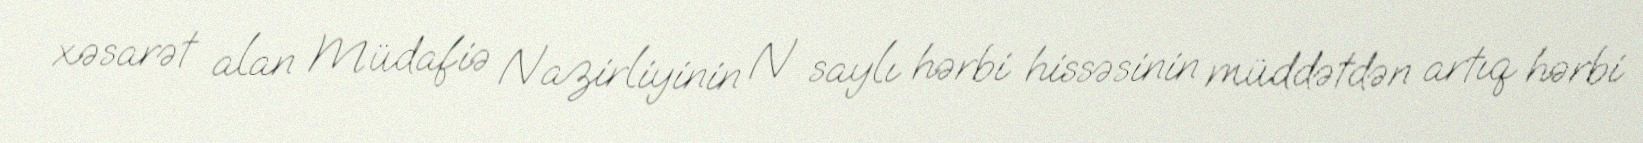
xəsarət alan Müdafiə Nazirliyinin N saylı hərbi hissəsinin müddətdən artıq hərbi